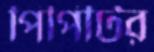
পিপিটির